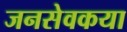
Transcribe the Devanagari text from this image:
जनसेवकया